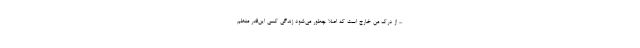
... از درک من خارج است که اصلاً چطور می‌شود زندگی کسی این‌قدر منظم